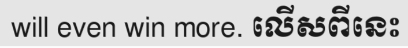
will even win more. លើសពីនេះ